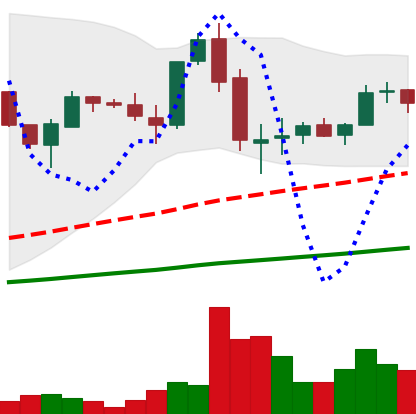
Ticker: LTC-USD
Chart end date: 2017-06-03
Forward return: 9.222%
Label: up_7plus